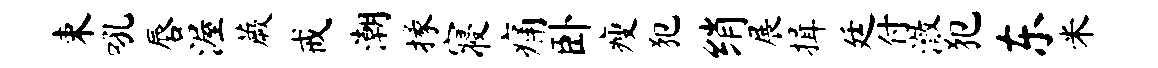
束吼唇渥蕨戒潮掾寝痛卧瘦犯绡展揖廷付澈犯东米